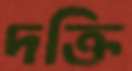
দক্তি